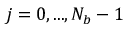
j = 0 , . . . , N _ { b } - 1